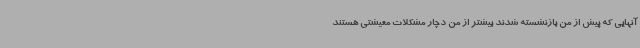
آنهایی که پیش از من بازنشسته شدند بیشتر از من دچار مشکلات معیشتی هستند